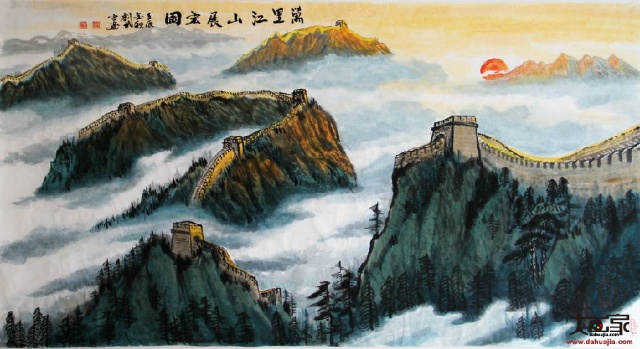
思来江山外，望尽烟云生。